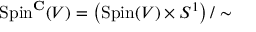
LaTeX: \operatorname { S p i n } ^ { \mathbf { C } } ( V ) = \left( \operatorname { S p i n } ( V ) \times S ^ { 1 } \right) / \sim